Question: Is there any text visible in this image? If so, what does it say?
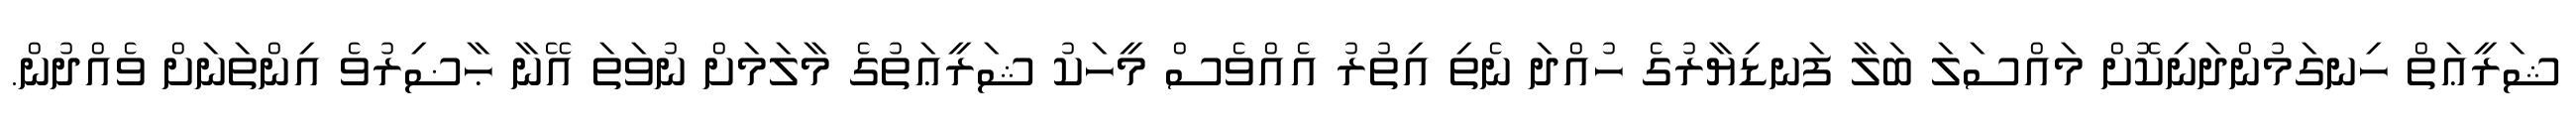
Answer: ޝަރީޢަތް ހިނގަމުންދަނިކޮށް މައްސަލަ ބަލާ ފަނޑިޔާރުގެ ހުއްދަ ނެތި އިތުރު އެއްވެސް މީހަކު ޝަރީޢަތުގެ މާލަމަށް ނުވަތަ އޭނާ ޙާޟިރުވެ އިންތަނަށް ވެއްދުން.